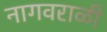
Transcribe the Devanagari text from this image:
नागवराळी